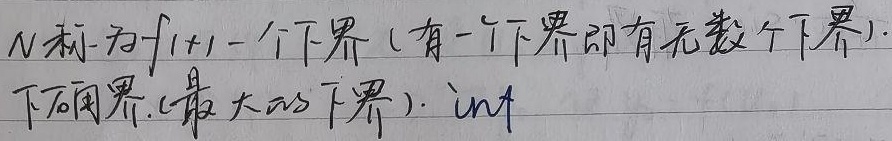
\(N\)称为\(f(x)\)一个下界（有一个下界即有无数个下界）。下确界（最大的下界）。\(\inf\)